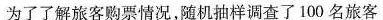
为了了解旅客购票情况，随机抽样调查了100名旅客